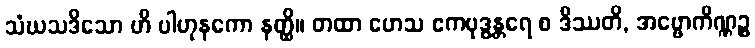
သံဃသဒိသော ဟိ ပါဟုနကော နတ္ထိ။ တထာ ဟေသ ဧကဗုဒ္ဓန္တရေ စ ဒိဿတိ, အဗ္ဗောကိဏ္ဏဉ္စ